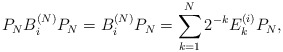
\begin{align*} P_NB_i^{(N)}P_N = B_i^{(N)}P_N = \sum_{k=1}^N 2^{-k}E_k^{(i)} P_N,\end{align*}